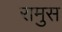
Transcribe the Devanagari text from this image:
रामुस